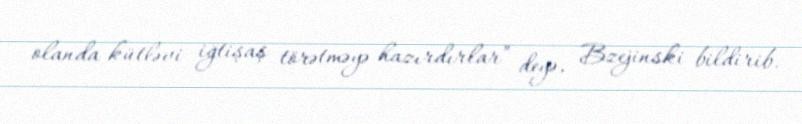
olanda kütləvi iğtişaş törətməyə hazırdırlar” deyə, Bzejinski bildirib.